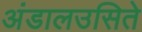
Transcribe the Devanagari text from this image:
अंडालउसिते